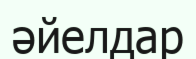
әйелдар